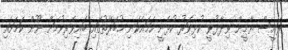
ރައީސް ޔާމީން ވިދާޅުވީ ކުޅިވަރު ކުޅެނީ ހަމައެކަނި މުބަރާތުގައި ބައިވެރިވުމަށް ނޫން ކަމަށައި